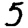
Digit: 5